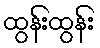
ထွန်းထွန်း